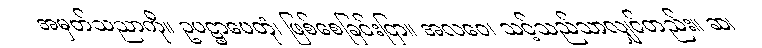
အမှတ်သညာကို။ ဥပဋ္ဌာပေတုံ၊ ဖြစ်စေခြင်းငြာ။ အလဝေ၊ သင့်သည်သာလျှင်တည်း။ ဆ၊